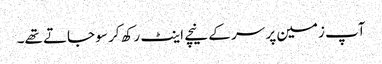
آپ زمین پر سر کے نیچے اینٹ رکھ کر سو جاتے تھے۔